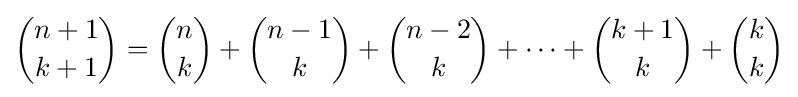
{\binom {n+1}{k+1}}={\binom {n}{k}}+{\binom {n-1}{k}}+{\binom {n-2}{k}}+\cdots +{\binom {k+1}{k}}+{\binom {k}{k}}